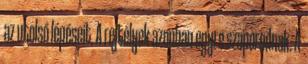
az utolsó lépéseit. A rejtélyek azonban egyre szaporodnak. A